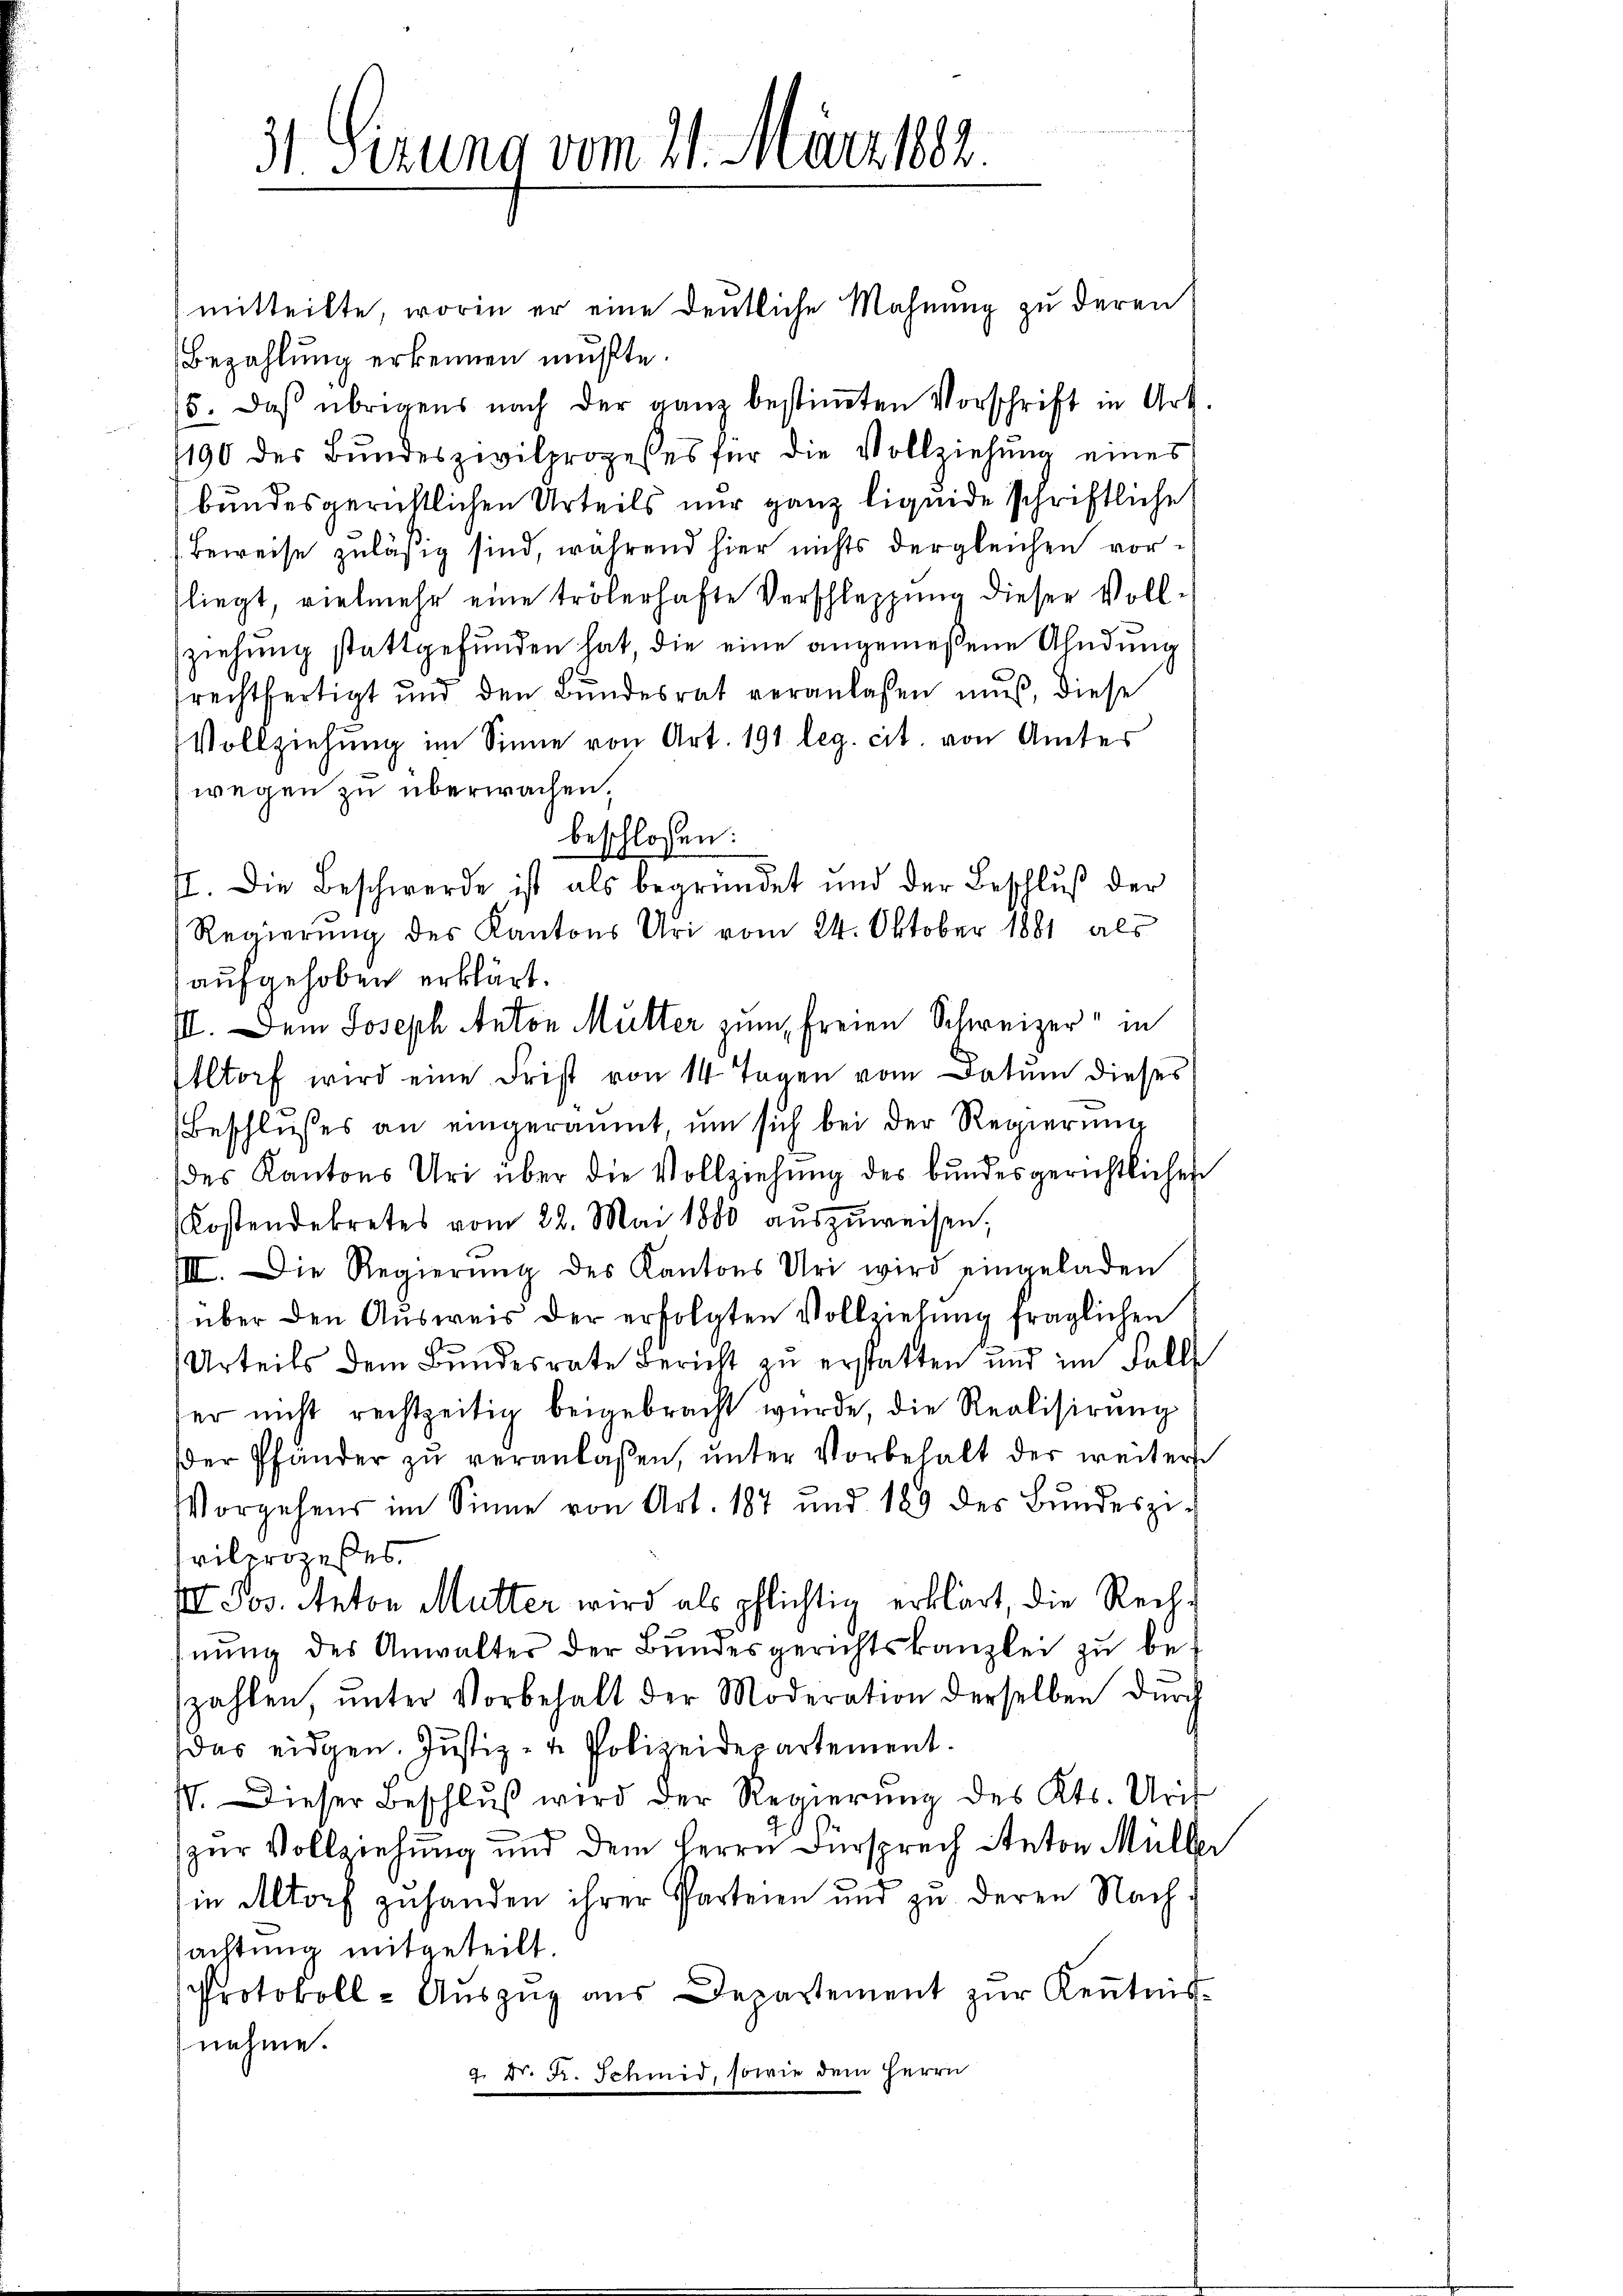
31 Sizung vom 21. März 1882.

mitteilte, worin er eine deutliche Mahnung zu deren
Bezahlung erkennen mußte.
5. Daß übrigens nach der ganz bestiṁten Vorschrift in Art.
1190 des Bŭndeszivilprozesses für die Vollziehŭng eines
bundesgerichtlichen Urteils nur ganz liquide schriftliche
Beweise zuläßig sind, während hier nichts dergleichen vorliegt, vielmehr eine trölerhafte Verschleppung dieser Vollziehung stattgefunden hat, die eine angemeßene Ahndung
rechtfertigt und den Bŭndesrat veranlassen muß, diese
Vollziehŭng im Sinne von Art. 191 leg. cit. von Amtes
wegen zu überwachen.
beschlossen:
. Die Beschwerde ist als begründet und der Beschlŭβ der
Regierung des Kantons Uri vom 24. Oktober 1881 als
aufgehoben erklärt.
III. Dem Joseph Anton Mutter zum freien Schweizer in
Iltorf wird eine Frist von 14 Tagen vom Datum dieses
(Beschlußes an eingeräumt, um sich bei der Regierung
des Kantons Uri über die Vollziehŭng des bundesgerichtlichen
Kostendekretes vom 22. Mai 1880 aŭszŭweisen,
IIII. Die Regierŭng des Kantons Uri wird eingeladen
über den Ausweis der erfolgten Vollzielung fraglichen
Urteils dem Bundesrate Bericht zu erstatten und im Fall
ser nicht rechtzeitig beigebracht würde, die Realisirung
der Pfänder zŭ veranlassen, ŭnter Vorbehalt der weitere
Vorgehens im Sinne von Art. 187 und 189 des Bŭndeszi-
rilergeses
III. Jos. Anton Mutter wird als pflichtig erklärt, die Rech-
nŭng des Anwalter der Bŭndesgerichtskanzlei zu be-
zahlen, ŭnter Vorbehalt der Moderation derselben durch
das eidgen. Justiz- u. Polizeidepartement.
V. Dieser Beschlŭβ wird der Regierŭng des Kts. Urit
zur Vollziehung und dem Herrn Fürsprech Anton Müller
sin Altorf zuhanden ihrer Parteien und zu deren Nachsachtung mitgeteilt.
Protokoll- Aŭszŭg aŭs Departement zŭr Keṅtnis-
nehme.
4 Dr. Fr. Schmid, sowie dem Herrn